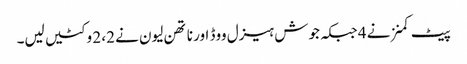
پیٹ کمنز نے 4 جبکہ جوش ہیزل ووڈ اور ناتھن لیون نے 2، 2 وکٹیں لیں۔